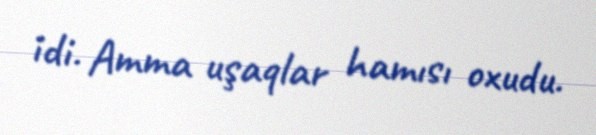
idi. Amma uşaqlar hamısı oxudu.